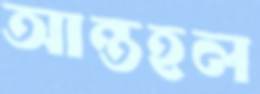
আন্তহল